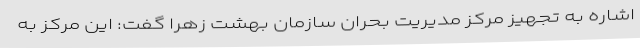
اشاره به تجهیز مرکز مدیریت بحران سازمان بهشت زهرا گفت: این مرکز به